Report on vaccination in Madras 1904-1921 - 1904-1921
Year: 1904
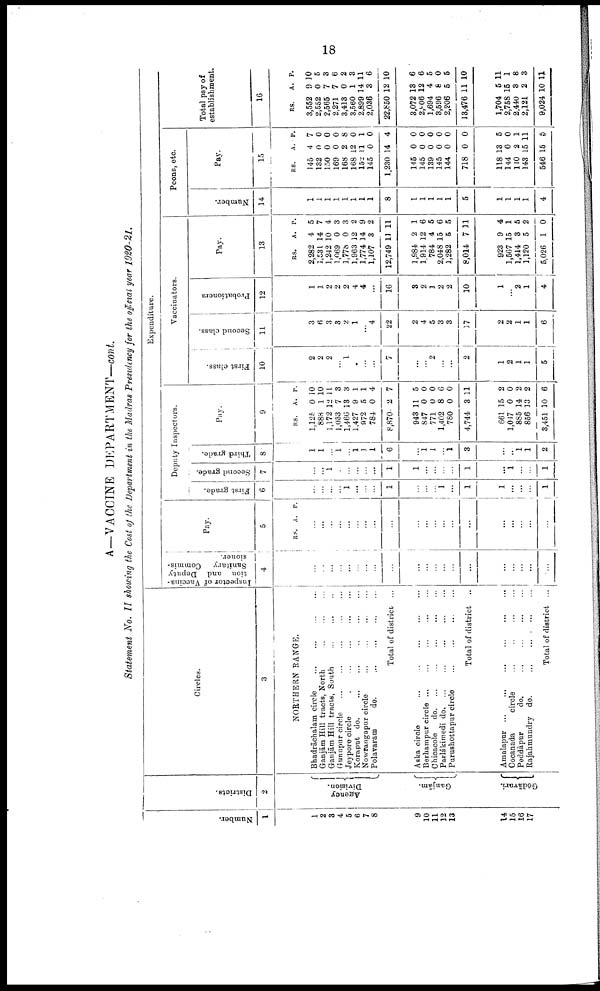
18
A—VACCINE DEPARTMENT—cont.
Statement No. II showing the Cost of the Department in the Madras Presidency for the official year 1920-21.
Number.
1
1
2
3
4
5
6
7
8
9
10
11
12
13
14
15
16
17
Districts.
2
Agency
Division.
Ganjām.
Grōdāvari.
Circles.
3
NORTHERN RANGE.
Bhadrāchalam circle
...
...
...
...
Ganjām Hill tracts, North
...
...
...
Ganjām Hill tracts, South
...
...
...
Gunupur circle ... ... ... ... ...
Jeypore circle
...
...
...
...
...
Koraput do. ... ... ... ... ...
Nowrangapur circle ... ... ... ... ...
Polavaram
do.
...
...
...
...
Total of district ...
Aska circle
...
...
...
...
...
Berhampur circle ... ... ... ... ...
Chicacole
do. ... ... ... ... ...
Parlākimedi d
o
. ... ... ... ... ...
Purushottapur circle
...
...
...
...
Total of district ...
Amalapur
...
...
...
...
...
...
Cocanada
circle
...
...
...
...
Peddāpur
do.
...
...
...
...
Rajahmundry do.
...
...
...
...
Total of district ...
Expenditure.
Inspector of Vaccina
tion and Deputy
Sanitary Commis
sioner.
4
...
...
...
...
...
...
...
...
...
...
...
...
...
...
...
...
...
...
...
...
Pay.
5
RS. A. P.
...
...
...
...
...
...
...
...
...
...
...
...
...
...
...
...
...
...
...
...
Deputy Inspectors.
First grade.
6
...
...
...
...
1
...
...
...
1
...
...
...
1
...
1
1
...
...
...
1
Second grade.
7
...
...
1
...
...
...
...
...
1
1
...
...
...
...
1
...
1
...
...
1
Third grade.
8
1
1
...
1
...
1 1
1
6
...
1 1
...
1
3
...
...
1
1
2
Pay.
9
RS.
1,125
888
1,172
1,033
1,466
1,427
972
784
8,870
948
847
771
1,402
780
4,744
661
1,047
885
856
3,451
A.
0
1
12
7
13
9
5
0
2
11
0
0
8
0
3
15
0
14
13
10
P.
10
10
11
3
3
1
1
4
7
5
0
0
6
0
11
2
0
2
2
6
Vaccinators.
First class.
10
2
2
2
...
1
...
...
...
7
...
...
2
...
...
2
1
2
1
1
5
Second class.
11
3
6
3
3
2
1
...
4
22
2
4
5
3
3
17
2
2
1
1
6
Probationers
12
1
1
2
2
2
4
4
...
16
3
2
1
2
2
10
1
...
2
1
4
Pay.
13
RS.
2,282
1,531
1,242
1,069
1,778
1,963
1,774
1,107
12,749
1,984
1,914
784
2,048
1,282
8,014
923
1,567
1,414
1,120
5,026
A.
4
14
10
0
0
12
14
3
11
2
12
4
15
5
7
9
15
3
5
1
P.
5
7
4
3
3
2
9
2
11
1
6
5
6
5
11
4
1
5
2
0
Peons, etc.
Number.
14
1
1
1
1
1
1
1
1
8
1
1
1
1
1
5
1
1
1
1
4
Pay.
15
RS.
145
132
150
169
168
168
152
145
1,230
145
145
139
145
144
718
118
144
110
143
546
A.
4
0
0
0
2
12
11
0
14
0
0
0
0
0
0
13
0
2
15
15
P.
7
0
0
0
8
0
1
0
4
0
0
0
0
0
0
5
0
1
11
5
Total pay of
establishment.
16
RS.
3,552
2,552
2,565
2,271
3,413
3,560
2,899
2,036
22,850
3,072
2,906
1,694
3,596
2,206
13,476
1,704
2,758
2,440
2,121
9,024
A.
9
0
7
7
0
1
14
3
12
13
12
4
8
5
11
5
15
3
2
10
P.
10
5
3
6
2
3
11
6
10
6
6
5
0
5
10
11
1
8
3
11